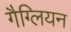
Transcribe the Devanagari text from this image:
गैग्लियन